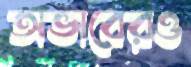
অভাবেরও